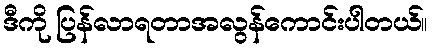
ဒီကို ပြန်လာရတာအလွန်ကောင်းပါတယ်။